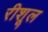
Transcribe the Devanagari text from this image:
रीशूल